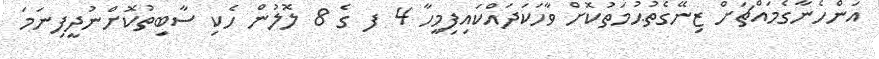
އަންހެނާގެމައްޗަށް ޒިނޭގެތުޙުމަތުކޮށް ވާހަކަދައްކައިފިމީހާ 4 ފ ގެ 8 ލޮލުން ހެކި ސާބިތުކޮށްނުދީފިނަމަ